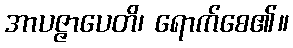
အာပဇ္ဇာပေတိ၊ ရောက်စေ၏။